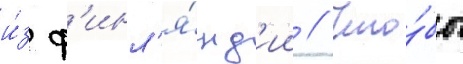
и́з ф'инл'я́нд'ии // Что́бы